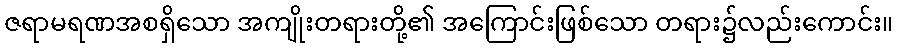
ဇရာမရဏအစရှိသော အကျိုးတရားတို့၏ အကြောင်းဖြစ်သော တရား၌လည်းကောင်း။